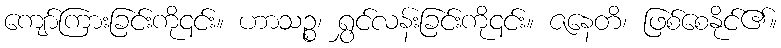
ကျော်ကြားခြင်းကို၎င်း။ ဟာသဉ္စ၊ ရွှင်လန်းခြင်းကို၎င်း။ ဇနေတိ၊ ဖြစ်စေနိုင်၏။